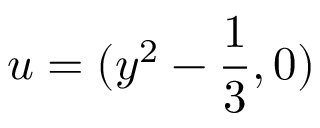
u = ( y ^ { 2 } - \frac { 1 } { 3 } , 0 )